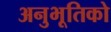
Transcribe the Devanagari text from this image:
अनुभूतिको